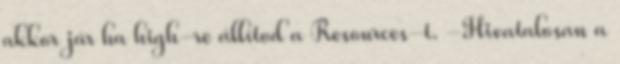
akkor jár ha high-re állítod a Resources-t. -Hivatalosan a